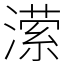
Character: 潆